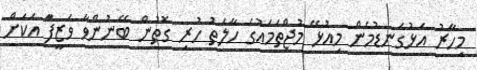
މިހާރު އަޅުގަނޑުމެން މިއުޅޭ މުޖްތަމައުގެ ހާލަތު ހުރި ގޮތުން ބޭނުންވާ ވަޒީފާަ އަކަށް